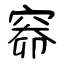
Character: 窌